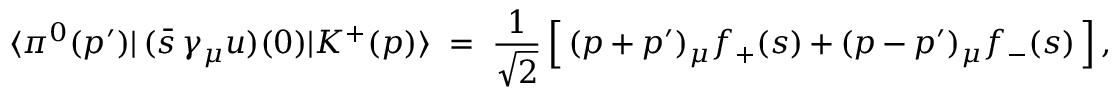
\langle \pi ^ { 0 } ( p ^ { \prime } ) \vert \, ( \bar { s } \, \gamma _ { \mu } u ) ( 0 ) \vert K ^ { + } ( p ) \rangle \; = \; \frac { 1 } { \sqrt { 2 } } \, \Big [ \, ( p + p ^ { \prime } ) _ { \mu } f _ { + } ( s ) + ( p - p ^ { \prime } ) _ { \mu } f _ { - } ( s ) \, \Big ] \, ,